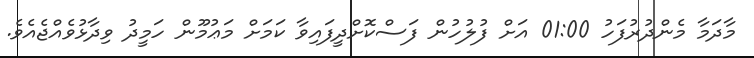
މާދަމާ މެންދުރުފަހު 01:00 އަށް ފުލުހުން ފަސްކޮށްދީފައިވާ ކަމަށް މަޢުމޫން ހަމީދު ވިދާޅުވެއްޖެއެވެ.